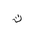
Letter: _ta